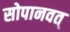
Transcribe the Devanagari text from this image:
सोपानवत्‌